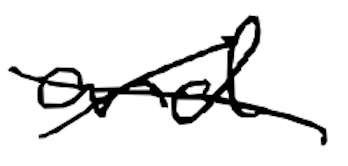
Text: and
Cross-out: cross
Writing tool: digital_black